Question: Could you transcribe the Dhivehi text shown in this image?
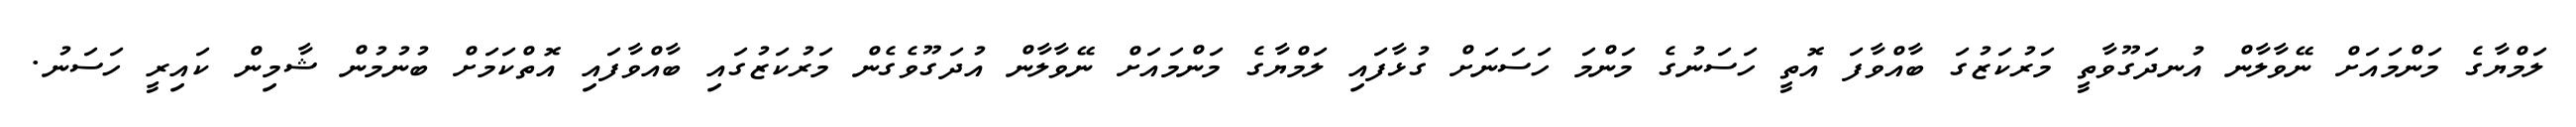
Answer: ލަމްޔާގެ މަންމައަށް ނޭވާލާން އުނދަގޫވާތީ މަރުކަޒުގަ ބާއްވާފަ އޮތީ ހަސަނުގެ މަންމަ ހަސަނަށް ގުޅާފައި ލަމްޔާގެ މަންމައަށް ނޭވާލާން އުދަގޫވެގެން މަރުކަޒުގައި ބާއްވާފައި އޮތްކަމަށް ބުނުމުން ޝާމިން ކައިރީ ހަސަނު.